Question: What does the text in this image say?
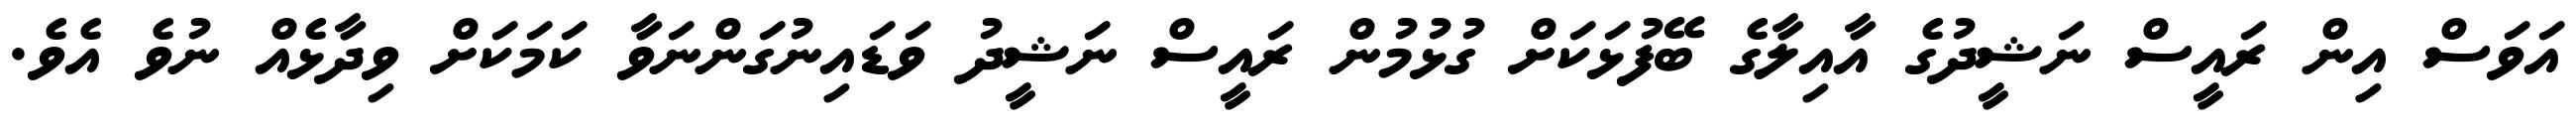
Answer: އަވަސް އިން ރައީސް ނަޝީދުގެ އާއިލާގެ ބޭފުޅަކަށް ގުޅުމުން ރައީސް ނަޝީދު ވަޑައިނުގަންނަވާ ކަމަކަށް ވިދާޅެއް ނުވެ އެވެ.